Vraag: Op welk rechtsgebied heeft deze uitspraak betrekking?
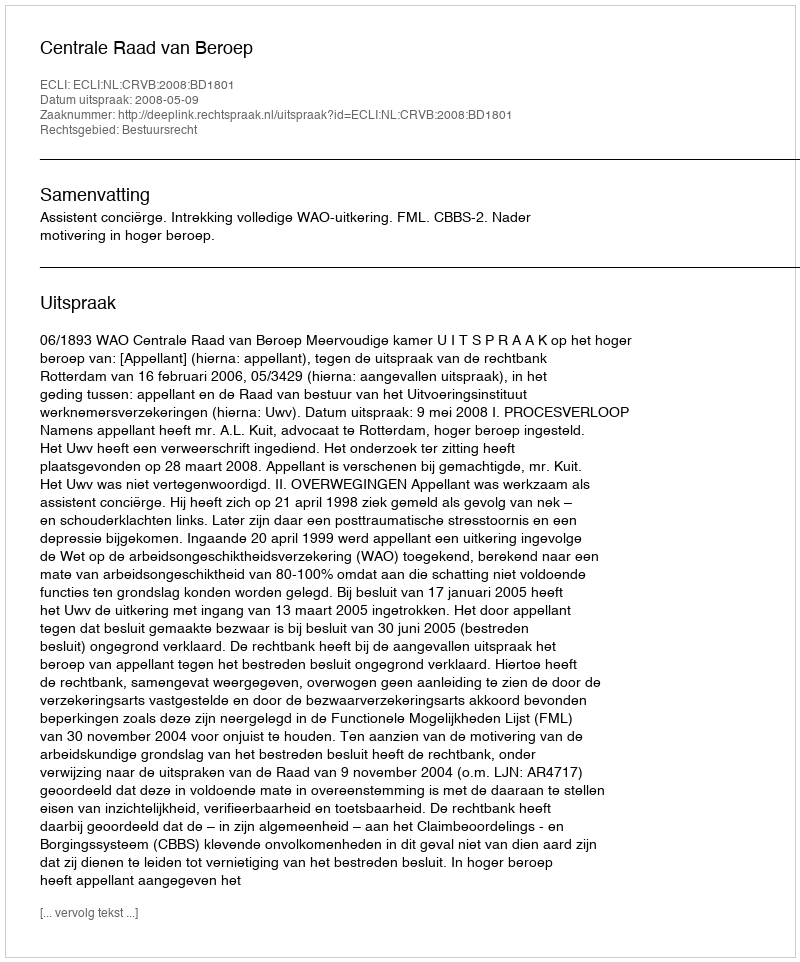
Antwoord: Bestuursrecht